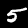
Digit: 5